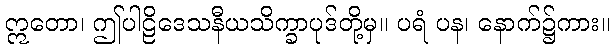
ဣတော၊ ဤပါဠိဒေသနီယသိက္ခာပုဒ်တို့မှ။ ပရံ ပန၊ နောက်၌ကား။